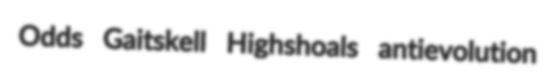
Odds Gaitskell Highshoals antievolution